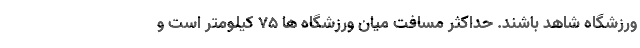
ورزشگاه شاهد باشند. حداکثر مسافت میان ورزشگاه ها 75 کیلومتر است و